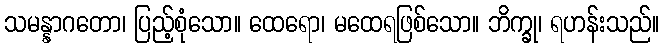
သမန္နာဂတော၊ ပြည့်စုံသော။ ထေရော၊ မထေရဖြစ်သော။ ဘိက္ခု၊ ရဟန်းသည်။